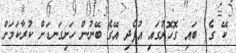
ކޭ ގެ  ބައި ގޮހޮރުގައި އުފެދި އޭގެ ބޭނުން ހަށިގަނޑަށް ކުރާކަމަށް